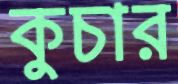
কুচার